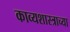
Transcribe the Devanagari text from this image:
काव्यशास्त्राच्या